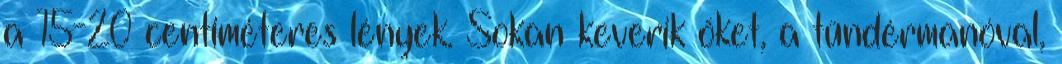
a 15-20 centiméteres lények. Sokan keverik őket, a tündérmanóval,